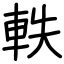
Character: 軼